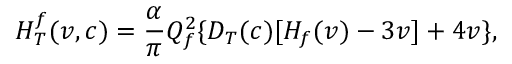
H _ { T } ^ { f } ( v , c ) = \frac { \alpha } { \pi } Q _ { f } ^ { 2 } \{ D _ { T } ( c ) [ H _ { f } ( v ) - 3 v ] + 4 v \} ,